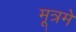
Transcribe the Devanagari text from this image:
मूत्रमें